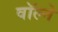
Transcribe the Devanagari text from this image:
वॉल्ने